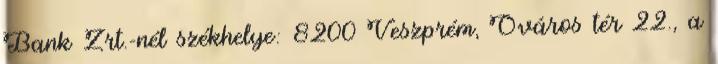
Bank Zrt.-nél székhelye: 8200 Veszprém, Óváros tér 22., a